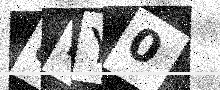
Text: 8LY0